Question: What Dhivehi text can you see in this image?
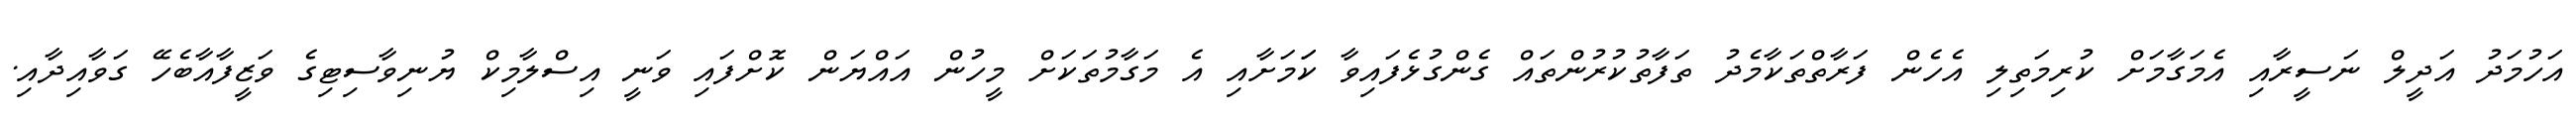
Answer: އަހުމަދު އަދީލް ނަސީރާއި އެމަގާމަށް ކުރިމަތިލި އެހެން ފަރާތްތަކާމެދު ތަފާތުކުރުންތައް ގެންގުޅެފައިވާ ކަަމަށާއި އެ މަގާމުތަކަށް މީހުން އައްޔަން ކޮށްފައި ވަނީ އިސްލާމިކް ޔުނިވާސިޓިގެ ވަޒީފާއާބެހޭ ގަވާއިދާއި.